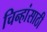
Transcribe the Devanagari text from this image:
चिन्हांसाठी